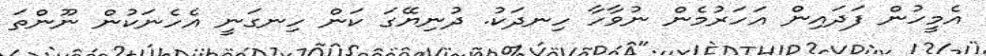
އެމީހުން ފަދައިން އަހަރުމެން ނުވާހާ ހިނދަކު. ދުނިޔޭގަ ކަން ހިނގަނީ އެހެނަކުން ނޫންތަ